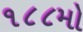
૧૮૮મો